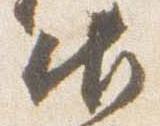
御